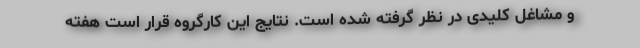
و مشاغل کلیدی در نظر گرفته شده است. نتایج این کارگروه قرار است هفته